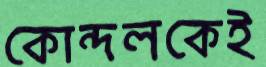
কোন্দলকেই